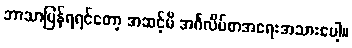
ဘာသာပြန်ရရင်တော့ အဆင့်မီ အင်္ဂလိပ်စာအရေးအသားပေါ့။